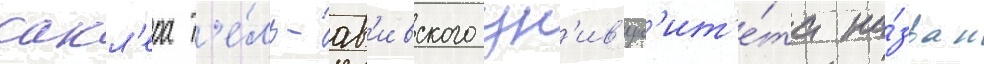
сакл'ера т'е́ль-ав'ивского ун'ив'ерс'ит'е́та на́зван